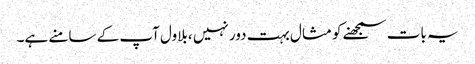
یہ بات سمجھنے کو مثال بہت دور نہیں ،بلاول آپ کے سامنے ہے۔